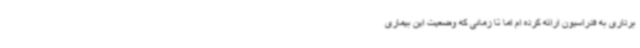
برداری به فدراسیون ارائه کرده ام اما تا زمانی که وضعیت این بیماری